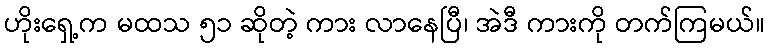
ဟိုးရှေ့က မထသ ၅၁ ဆိုတဲ့ ကား လာနေပြီ၊ အဲဒီ ကားကို တက်ကြမယ်။